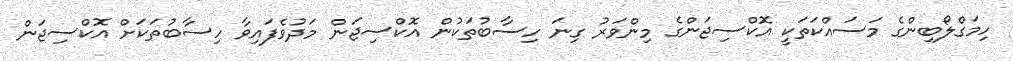
ހިމަގްލޯބިންގެ މަސައްކަތަކީ އޮކްސިޖަންގެ މިންވަރު ގިނަ ހިސާބުތަކުން އޮކްސިޖަން މަދުވެފައިވާ ހިސާބުތަކަށް އޮކްސިޖަން